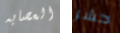
العصابه حشر